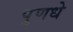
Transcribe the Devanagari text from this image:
पुणधे